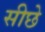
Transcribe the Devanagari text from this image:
सीछे